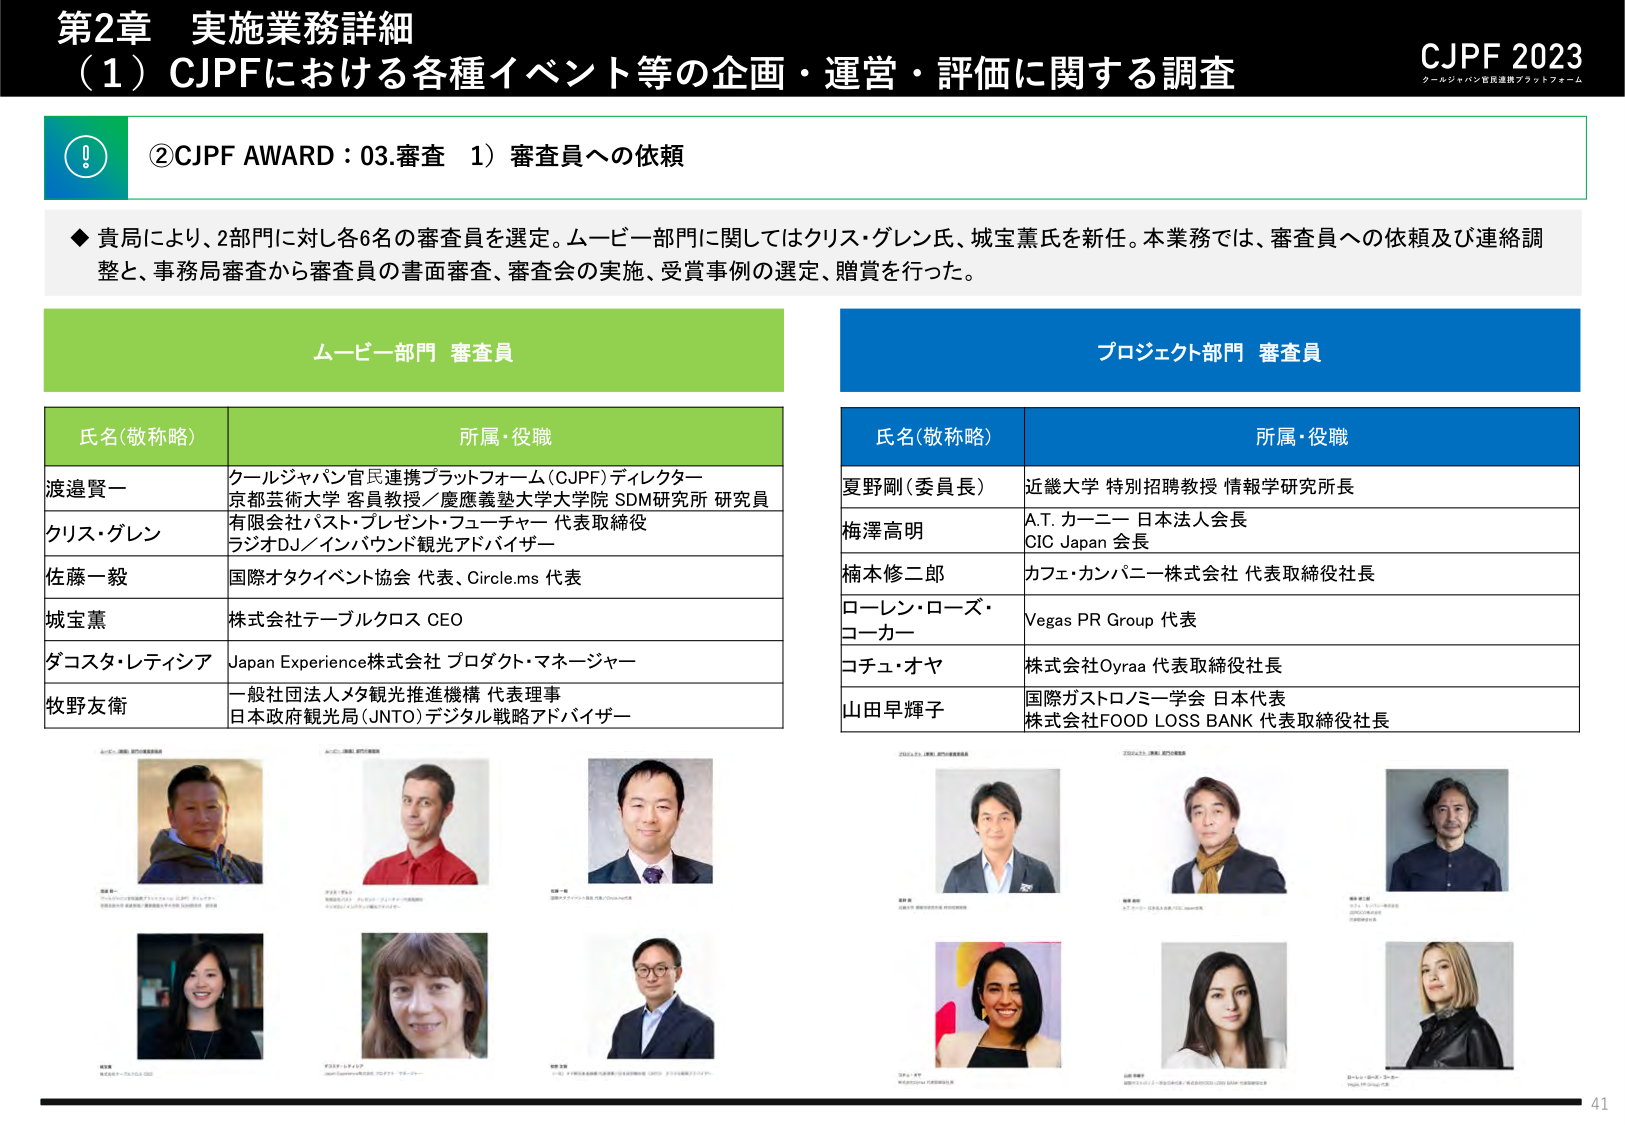
第2章 実施業務詳細
（1）CJPFにおける各種イベント等の企画・運営・評価に関する調査

CJPF 2023
クールジャパン官民連携プラットフォーム

②CJPF AWARD：03.審査 1）審査員への依頼

◆貴局により、2部門に対し各6名の審査員を選定。ムービー部門に関してはクリス・グレン氏、城宝薫氏を新任。本業務では、審査員への依頼及び連絡調整と、事務局審査から審査員の書面審査、審査会の実施、受賞事例の選定、贈賞を行った。

ムービー部門 審査員

氏名(敬称略)　　　　　　　　　　　　　　　　　所属・役職
渡邉賢一　　　　　　　　　　　　　　　　　クールジャパン官民連携プラットフォーム(CJPF)ディレクター
　　　　　　　　　　　　　　　　　　　　京都芸術大学 客員教授／慶應義塾大学大学院 SDM研究所 研究員
クリス・グレン　　　　　　　　　　　　　有限会社バスト・プレゼント・フューチャー 代表取締役
　　　　　　　　　　　　　　　　　　　　ラジオDJ／インバウンド観光アドバイザー
佐藤一毅　　　　　　　　　　　　　　　　国際オタクイベント協会 代表、Circle.ms 代表
城宝薫　　　　　　　　　　　　　　　　　株式会社テーブルクロス CEO
ダコスタ・レティシア　　　　　　　　　　Japan Experience株式会社 プロダクト・マネージャー
牧野友衛　　　　　　　　　　　　　　　　一般社団法人メタ観光推進機構 代表理事
　　　　　　　　　　　　　　　　　　　　日本政府観光局(JNTO)デジタル戦略アドバイザー

プロジェクト部門 審査員

氏名(敬称略)　　　　　　　　　　　　　　　　　所属・役職
夏野剛（委員長）　　　　　　　　　　　近畿大学 特別招聘教授 情報学研究所長
梅澤高明　　　　　　　　　　　　　　　A.T. カーニー 日本法人会長
　　　　　　　　　　　　　　　　　　　　CIC Japan 会長
楠木修二郎　　　　　　　　　　　　　　カフェ・カンパニー株式会社 代表取締役社長
ローレン・ローズ・コーカー　　　　　　Vegas PR Group 代表
コチュ・オヤ　　　　　　　　　　　　　株式会社Oyraa 代表取締役社長
山田早輝子　　　　　　　　　　　　　　国際ガストロノミー学会 日本代表
　　　　　　　　　　　　　　　　　　　　株式会社FOOD LOSS BANK 代表取締役社長

（以下、各審査員の写真と名前が配置されているが、テキストとして明確に読み取れるのは上記の表のみ。写真下の小さな文字は読み取れないため省略。）

41